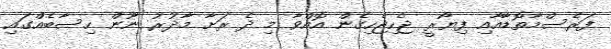
ފަރެސްމާތޮޑާއާއި ފިޔޯރީ ޖެހިޖެހިގެން އޮއްވާ މި ދެ ރަށާ މާދުރު ނޫން ހިސާބެއްގައި